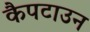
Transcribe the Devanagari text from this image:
कैपटाउन